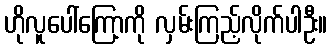
ဟိုလူပေါ်ကြော့ကို လှမ်းကြည့်လိုက်ပါဦး။